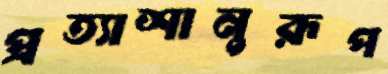
প্রত্যাশানুরূপ